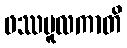
ဖဿမူလကာတိ